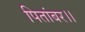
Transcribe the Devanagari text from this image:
पितांबर।।